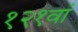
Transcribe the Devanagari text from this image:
१२१वां